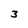
Character: 3